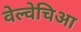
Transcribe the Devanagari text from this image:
वेल्वेचिआ